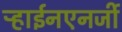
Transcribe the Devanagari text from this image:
ऱ्हाईनएनर्जी